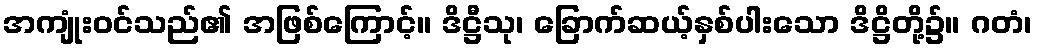
အကျုံးဝင်သည်၏ အဖြစ်ကြောင့်။ ဒိဋ္ဌီသု၊ ခြောက်ဆယ့်နှစ်ပါးသော ဒိဋ္ဌိတို့၌။ ဂတံ၊